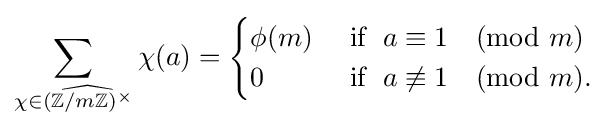
\sum _{\chi \in {\widehat {(\mathbb {Z} /m\mathbb {Z} )^{\times }}}}\chi (a)={\begin{cases}\phi (m)&{\text{ if  }}\;a\equiv 1{\pmod {m}}\\0&{\text{ if  }}\;a\not \equiv 1{\pmod {m}}.\end{cases}}